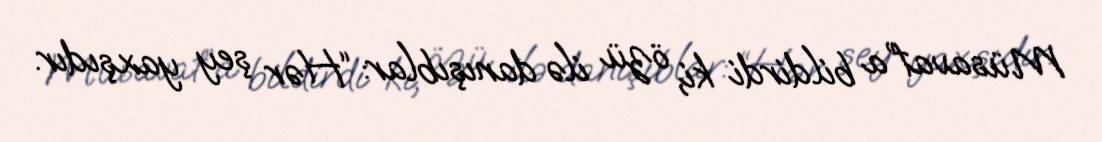
Müsavat”a bildirdi ki, özü ilə danışıblar: “Hər şey yaxşıdır.